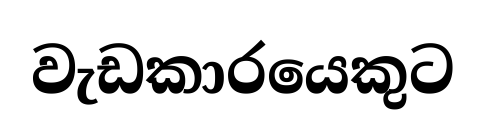
වැඩකාරයෙකුට